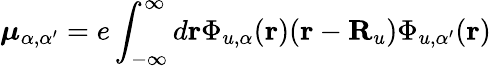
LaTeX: {\boldsymbol\mu}_{\alpha,\alpha^{\prime}}=e\int_{-\infty}^{\infty}d{\mathbf r}\Phi_{u,\alpha}({\mathbf r})({\mathbf r}-{\mathbf R}_{u})\Phi_{u,\alpha^{\prime}}({\mathbf r})